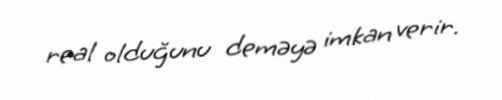
real olduğunu deməyə imkan verir.